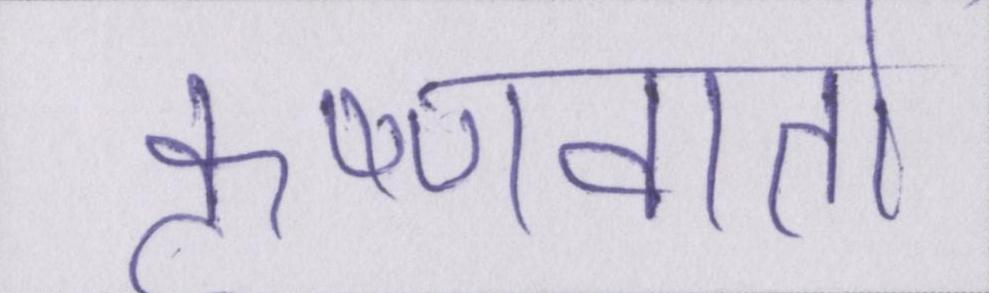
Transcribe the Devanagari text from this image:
कृष्णवार्ता